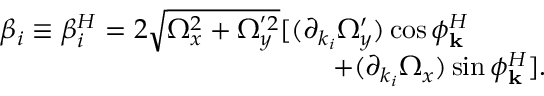
\begin{array} { r l } & { \beta _ { i } \equiv \beta _ { i } ^ { H } = 2 \sqrt { \Omega _ { x } ^ { 2 } + \Omega _ { y } ^ { ' 2 } } [ ( \partial _ { k _ { i } } \Omega _ { y } ^ { \prime } ) \cos \phi _ { \mathbf { k } } ^ { H } } \\ & { \qquad \qquad \qquad \qquad \qquad \qquad + ( \partial _ { k _ { i } } \Omega _ { x } ) \sin \phi _ { \mathbf { k } } ^ { H } ] . } \end{array}